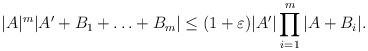
\begin{align*}|A|^m|A'+B_1+\ldots +B_m| \le (1+\varepsilon)|A'| \prod_{i=1}^m|A + B_i|.\end{align*}